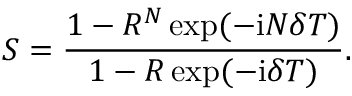
S = \frac { 1 - R ^ { N } \exp ( - \mathrm { i } N \delta T ) } { 1 - R \exp ( - \mathrm { i } \delta T ) } .